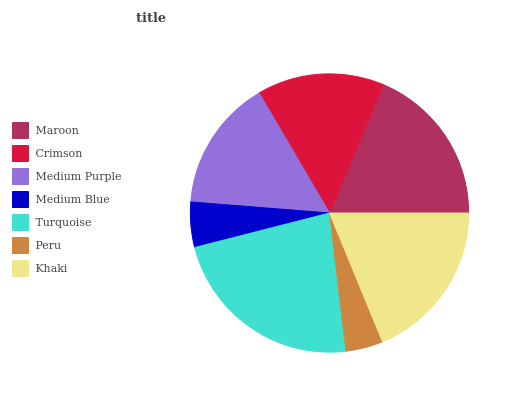
| Maroon | Crimson | Medium Purple | Medium Blue | Turquoise | Peru | Khaki |
 | --- | --- | --- | --- | --- | --- | --- |
 | 18.6% | 14.8% | 15.3% | 5.25% | 22.9% | 4.33% | 18.8% |